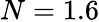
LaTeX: N=1.6